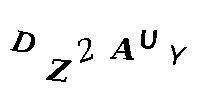
DZ2AUY